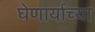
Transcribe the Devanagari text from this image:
घेणार्याच्या